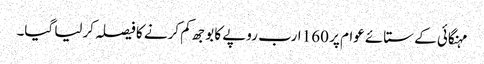
مہنگائی کے ستائے عوام پر 160 ارب روپے کا بوجھ کم کرنے کا فیصلہ کرلیا گیا۔